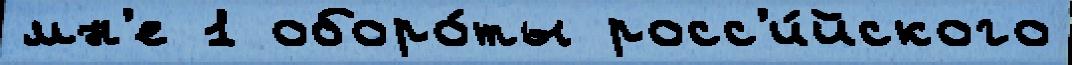
мн'е 1 оборо́ты росс'и́йского